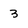
Character: 3